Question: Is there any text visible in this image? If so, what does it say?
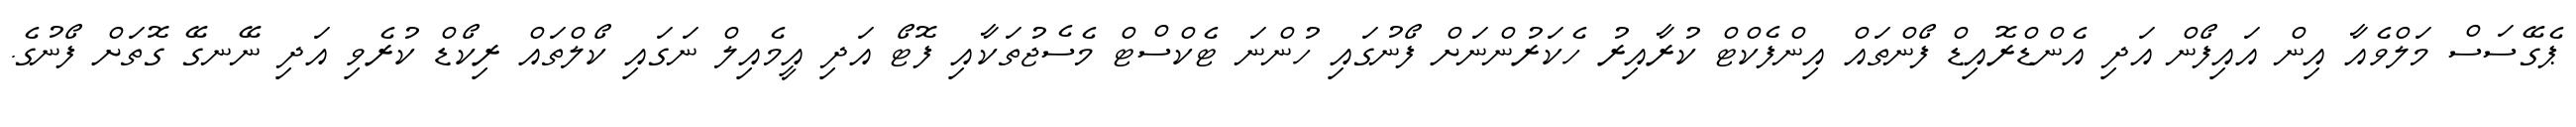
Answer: ޕެގޭސަސް މަލްވެއާ އިން އައިފޯން އަދި އެންޑްރޮއިޑް ފޯންތައް އިންފެކްޓް ކުރާއިރު ހެކަރުންނަށް ފޯނުގައި ހުންނަ ޓެކްސްޓް މެސެޖުތަކާއި ފޮޓޯ އަދި އީމެއިލް ނަގައި ކޯލްތައް ރިކޯޑް ކުރެވި އަދި ނޭނގޭ ގޮތަށް ފޯނުގެ.